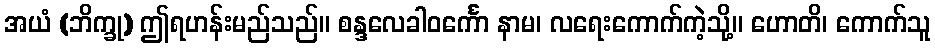
အယံ (ဘိက္ခု) ဤရဟန်းမည်သည်။ စန္ဒလေခါဝင်္ကော နာမ၊ လရေးကောက်ကဲ့သို့။ ဟောတိ၊ ကောက်သူ